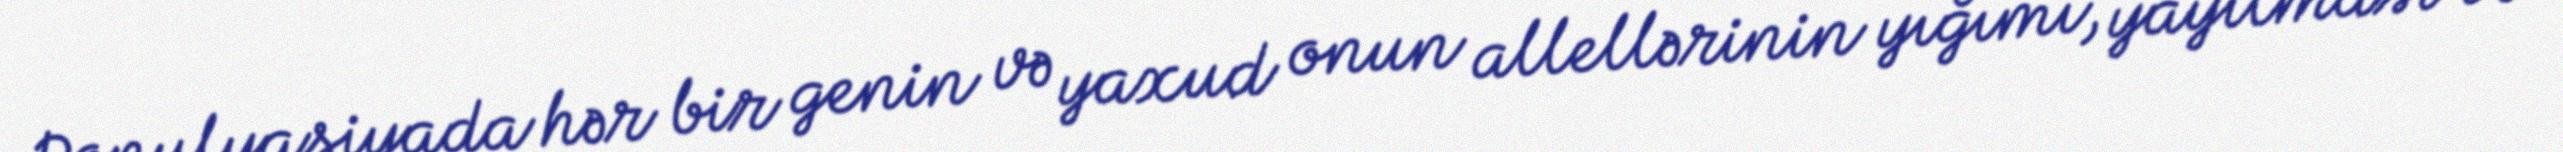
Populyasiyada hər bir genin və yaxud onun allellərinin yığımı, yayılması və